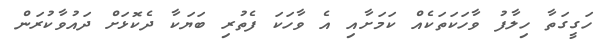
ހަގީގަތާ ހިލާފު ވާހަކަތަކެއް ކަމަށާއި އެ ވާހަކަ ފެތުރި ބަޔަކާ ދެކޮޅަށް ދައުވާކުރަން